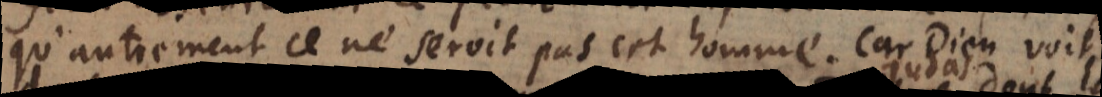
’autrement ce ne seroit pas cet homme. Car Dieu voit